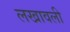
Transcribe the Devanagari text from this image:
लखावली